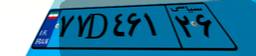
۷۷D۴۶۱۲۶